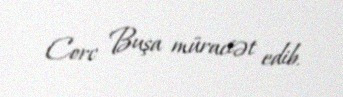
Corc Buşa müraciət edib.